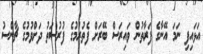
އަޅައިފި ނަމަ އޭނާގެ ފަރާތުން ވައިރަސް ބޭރަށް ފެތުރުމުގެ ފުރުސަތު ދަށްވުމުގެ ޗާންސު